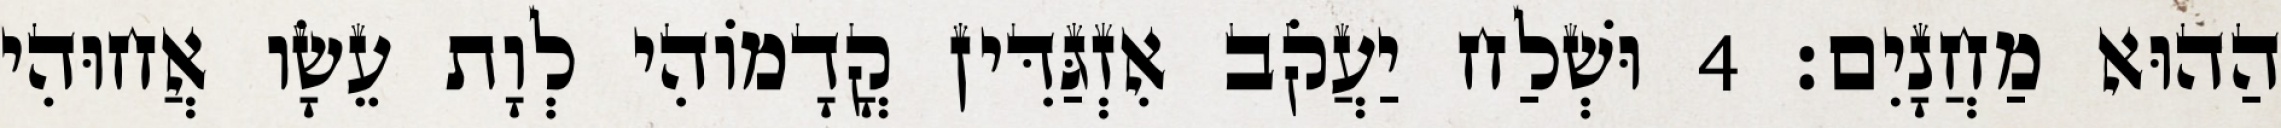
הַהוּא מַחֲנָיִם׃ 4 וּשְׁלַח יַעֲקֹב אִזְגַּדִּין קֳדָמוֹהִי לְוָת עֵשָׂו אֲחוּהִי